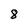
Character: 8